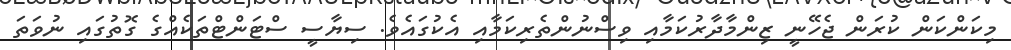
މިކަންކަން ކުރަން ޖެހޭނީ ޒިންމާދާރުކަމާއި ވިސްނުންތެރިކަމާއި އެކުގައެވެ. ސިޔާސީ ސްޓަންޓްތަކެއްގެ ގޮތުގައި ނުވަތަ